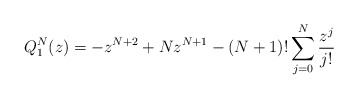
\begin{gather*} Q_{1}^{N}(z)=-z^{N+2}+Nz^{N+1}-(N+1)!\sum_{j=0}^{N}\frac{z^{j}}{j!}\end{gather*}